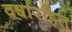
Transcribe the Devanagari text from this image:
वर्षारहित